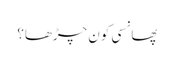
پھانسی کون چڑھا؟